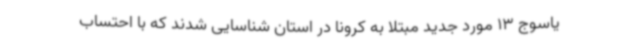
یاسوج 13 مورد جدید مبتلا به کرونا در استان شناسایی شدند که با احتساب